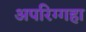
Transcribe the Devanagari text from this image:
अपरिग्गहा